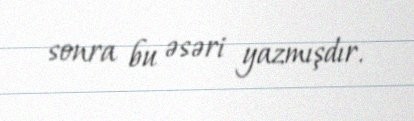
sonra bu əsəri yazmışdır.